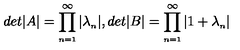
d e t \vert A \vert = \prod _ { \scriptscriptstyle n = 1 } ^ { \infty } \vert \lambda _ { \scriptscriptstyle n } \vert , d e t \vert B \vert = \prod _ { \scriptscriptstyle n = 1 } ^ { \infty } \vert 1 + \lambda _ { \scriptscriptstyle n } \vert